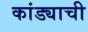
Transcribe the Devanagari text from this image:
कांड्याची